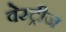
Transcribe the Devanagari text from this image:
वेस्ट्रीज